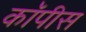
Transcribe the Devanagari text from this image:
कॉपीस